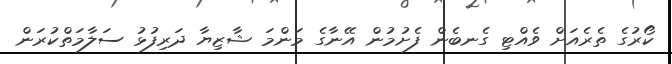
ކޯރުގެ ތެރެއަށް ވެއްޓި ގެނބެން ފެށުމުން އޭނާގެ މަންމަ ޝާޒިޔާ ދަރިފުޅު ސަލާމަތްކުރަން